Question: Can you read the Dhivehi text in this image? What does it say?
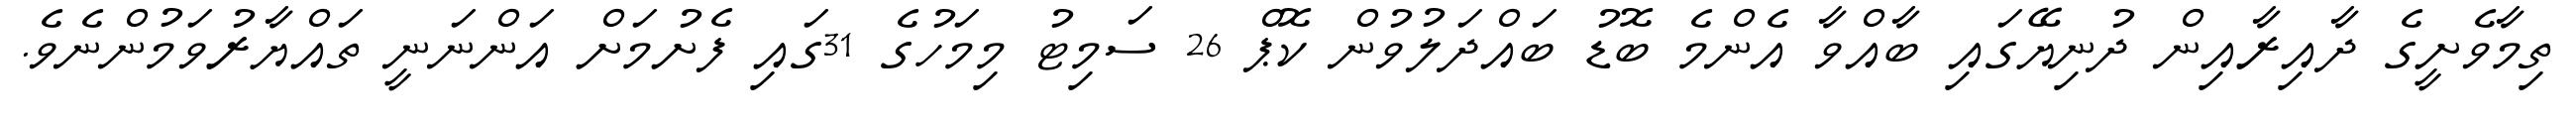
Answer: ތިމާވެށީގެ ދާއިރާއިން ދުނިޔޭގައި ބާއްވާ އެންމެ ބޮޑު ބައްދަލުވުން ކޮޕް 26 ސަމިޓު މިމަހުގެ 31ގައި ފެށުމަށް އަންނަނީ ތައްޔާރުވަމުންނެވެ.